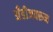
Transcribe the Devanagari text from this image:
अँडीजवरून